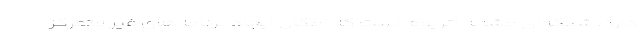
دارد. شبکه‌ای مشابه اتریوم است که امکان ایجاد برنامه‌های غیر متمرکز